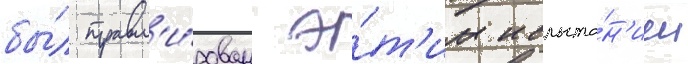
бы́л травм'и́рован э́т'им испыта́н'ием